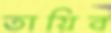
তায়িব